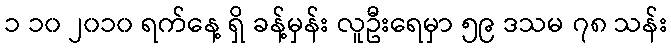
၁ ၁၀ ၂၀၁၀ ရက်နေ့ ရှိ ခန့်မှန်း လူဦးရေမှာ ၅၉ ဒသမ ၇၈ သန်း